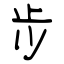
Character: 步